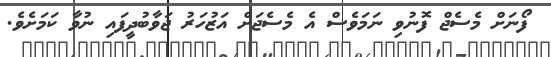
ފޯނަށް މެސެޖް ފޮނުވި ނަމަވެސް އެ މެސެޖަށް އަޒުހަރު ޖަވާބުދީފައި ނުވާ ކަމަށެވެ.